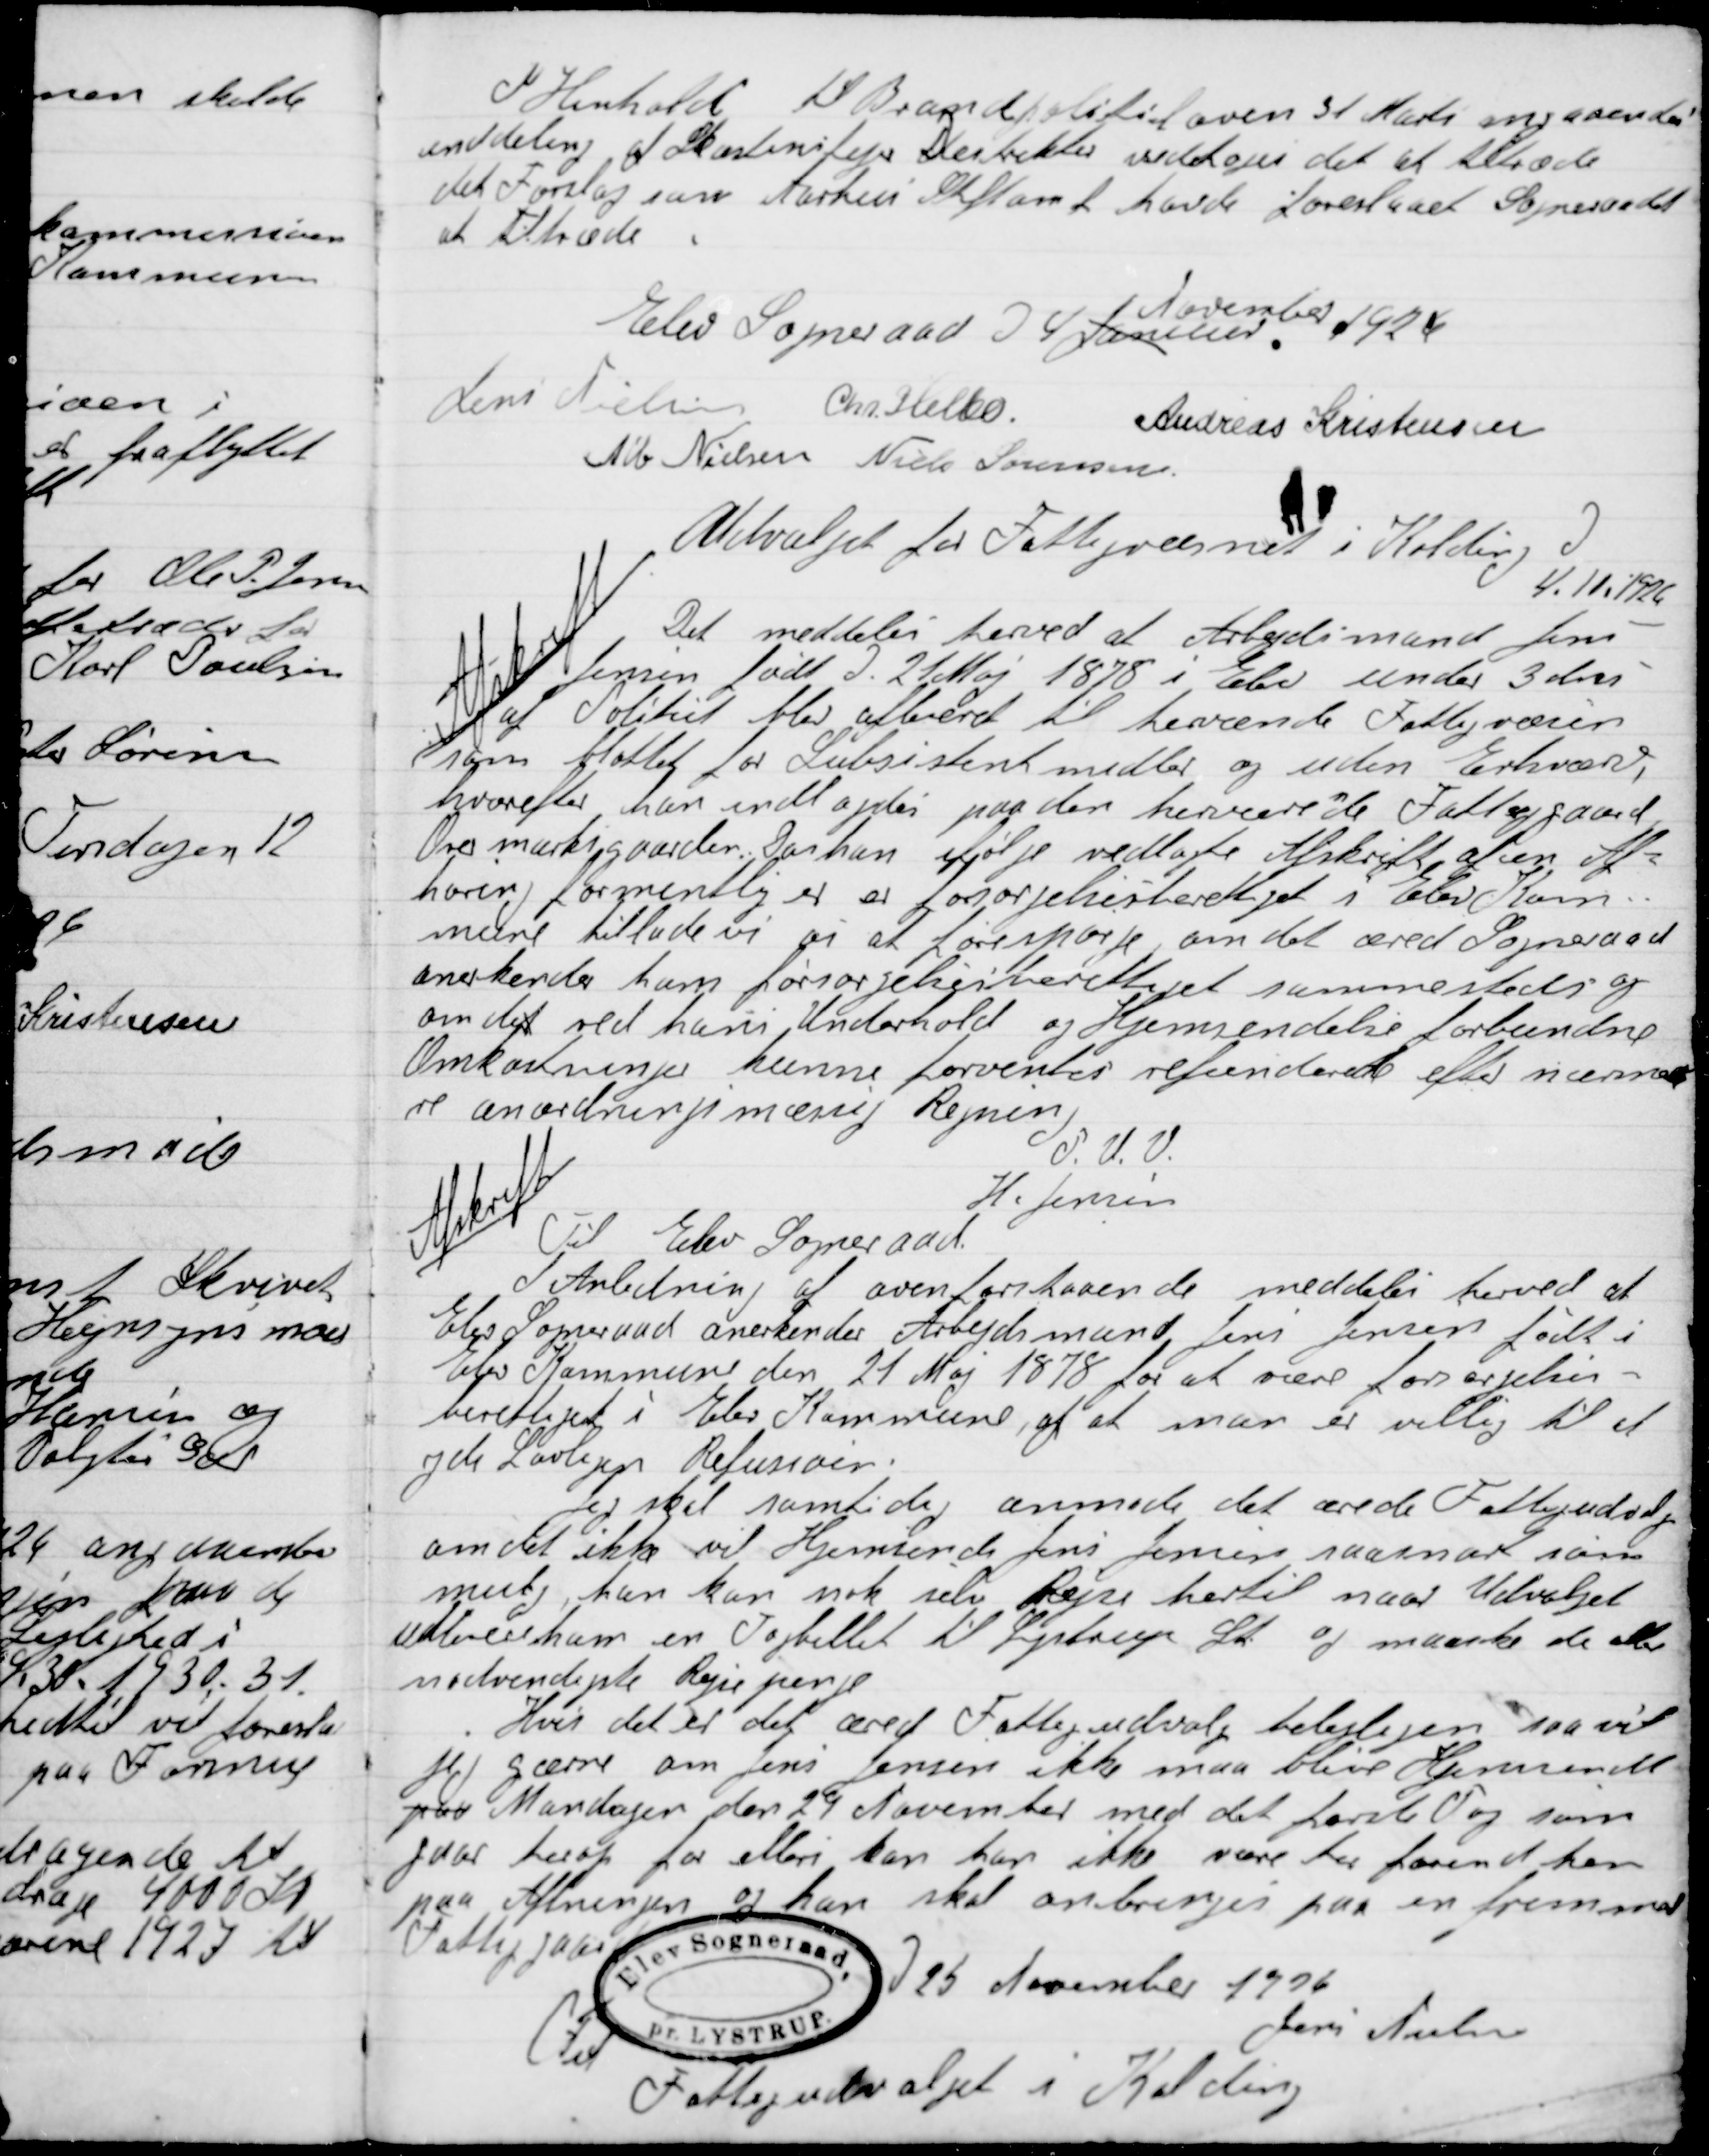
Transskription:
I Henhold til Brandpolitiloven 31 Marts angaaende
Uddeling af Skorstensfejer Distrikter vedtages det at tiltræde
det Forslag som Aarhus Stiftsamt at havde foreslaaet Sogneraader
at tiltræde.

Elev Sogneraad D. 4 Januar
November 1926

Jens Nielsen
Chr. Helbo
Andreas Kristensen
Alb. Nielsen
Niels Sørensen

Afskrift
 for Fattigvæsenet i Kolding
4. 11. 1926
Det meddeles herved at Arbejdsmand Jens
Jensen født D. 21 Maj 1878 i Elev under 3dri
af Politiet blev afleveret til herværende Fattigvæsen
som blottet for Subsistens midler og uden Erhværv
hvorefter han paa den herværende Fattiggård
Over marksgaarden Der han ifølge vedlagte Skriftlig af en Al-
Horin formentlig er er forsorgsherberget i Elev Kom-
mener tillade vi at forespørge om det ærede Sogneraad
anerkendes ham forsørgelsesberettiget samme sted og
om  det ved hans Underhold og hjemsendelse forbundne
omkostningernes kunne forventes refunderet efter nærme-
re anordningsmæssige Regning.
P.V.V.
H. Jensen

Afskrift
Til Elev Sogneraad
I Anledning af aven forestaaende meddeles herved at
Elev Sogneraad anerkender Arbejdsmand Jens Jensen født i
 Elev Kommune den 21 Maj 1878 for at være forarjelin-
Berettiget i Elev Kommune af at man er villig til at
Yde Lovlig Refusion.
Jeg skal samtidig anmelde det ærede Fattigudvalg
om det ikke vil Hjemsende Jens Jensen saa snart som
muligt, han kan nok selv Rejse hertil naar Udvalget
udleverer ham en Togbillet til Lystrup St. og medsender  de aller
nødvendigste Rejsepenge.
Hvis det er det ærede Fattigudvalg betjenelig saa vil
Jeg gærne om Jens Jensen ikke blive Hjemsendt
paa Mandagen den 29 November med det første Tog som
gaar herop for ellers kan han ikke være her forinden han
paa  Aftenvejen og han skal anbringes paa en fremmed
Fattiggaard.
D. 25 November 1926
Jens Nielsen
Til
Fattigudvalget i Kolding